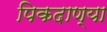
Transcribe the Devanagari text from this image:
पिकदाण्या